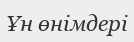
Ұн өнімдері